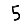
Digit: 5